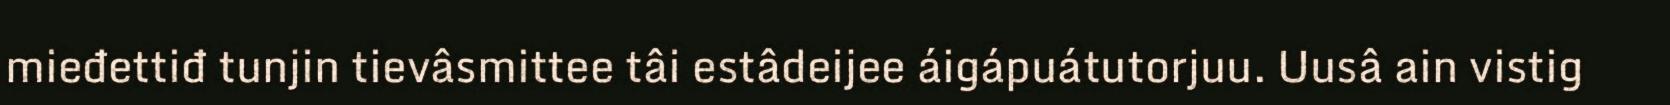
mieđettiđ tunjin tievâsmittee tâi estâdeijee áigápuátutorjuu. Uusâ ain vistig